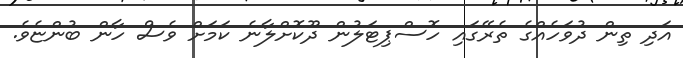
އަދި ތިން ދުވަހެއްގެ ތެރޭގައި ހޮސްޕިޓަލުން ދޫކޮށްލާނެ ކަމަށް ވެސް ހާން ބުންޏެވެ.